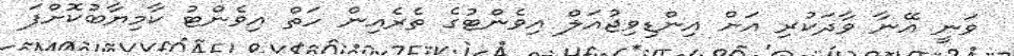
ވަނީ އޭނާ ވާދަކުރި އަށް އިންޑިވިޖުއަލް އިވެންޓުގެ ތެރެއިން ހަތް އިވެންޓު ކާމިޔާބުކޮށްފަ